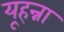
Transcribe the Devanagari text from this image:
यूहन्ना